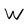
Character: W